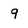
Character: 9